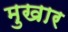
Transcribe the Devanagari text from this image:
मुखार